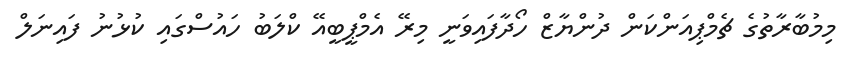
މިމުބާރާތުގެ ޗެމްޕިއަންކަން ދުންޔާޒް ހޯދާފައިވަނީ މިރޭ އެމްޕީބީއޭ ކްލަބު ހައުސްގައި ކުޅުނު ފައިނަލް